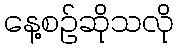
နေ့စဉ်ဆိုသလို